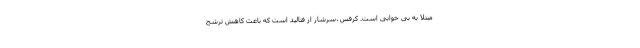
مبتلا به بی خوابی است. کرفس ،سرشار از فتالید است که باعث کاهش ترشح